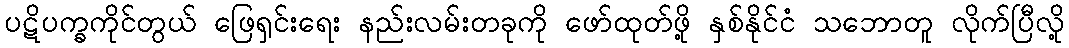
ပဋိပက္ခကိုင်တွယ် ဖြေရှင်းရေး နည်းလမ်းတခုကို ဖော်ထုတ်ဖို့ နှစ်နိုင်ငံ သဘောတူ လိုက်ပြီလို့